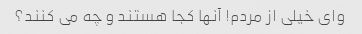
وای خیلی از مردم! آنها کجا هستند و چه می کنند؟